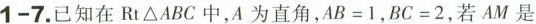
1-7.已知在RtΔABC中，A为直角，$$A B = 1$$，$$B C = 2$$，若AM是